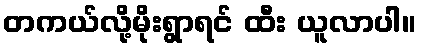
တကယ်လို့မိုးရွာရင် ထီး ယူလာပါ။